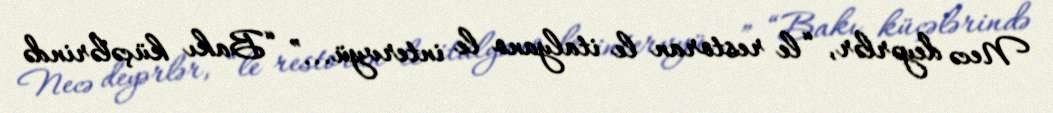
Necə deyərlər, “le restoran le italyano le intervyü...” “Bakı küçələrində